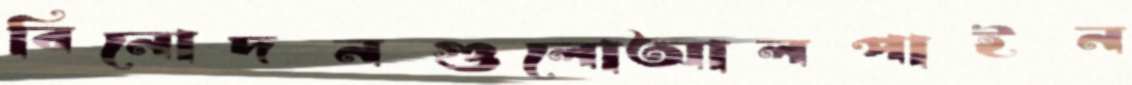
বিনোদনগুলোআলপাইন